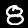
Digit: 8